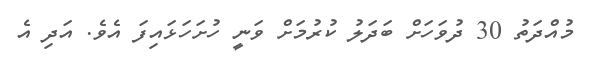
މުއްދަތު 30 ދުވަހަށް ބަދަލު ކުރުމަށް ވަނީ ހުށަހަޅައިފަ އެވެ. އަދި އެ